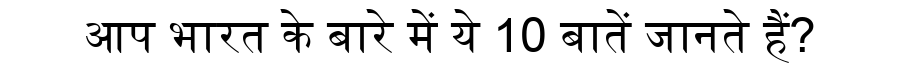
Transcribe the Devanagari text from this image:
आप भारत के बारे में ये 10 बातें जानते हैं?